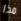
مذا